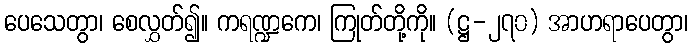
ပေသေတွာ၊ စေလွှတ်၍။ ကရဏ္ဍကေ၊ ကြုတ်တို့ကို။ (ဋ္ဌ-၂၇၀) အာဟရာပေတွာ၊